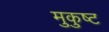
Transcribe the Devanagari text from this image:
मुकुष्ट